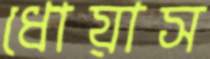
ধোয়াস